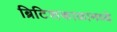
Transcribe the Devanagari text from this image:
ब्रिटिशकाळामध्ये